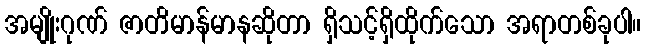
အမျိုးဂုဏ် ဇာတိမာန်မာနဆိုတာ ရှိသင့်ရှိထိုက်သော အရာတစ်ခုပါ။